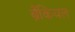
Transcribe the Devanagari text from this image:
ब्रैंकियल